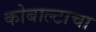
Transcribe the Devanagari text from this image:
कोबाल्टाचा